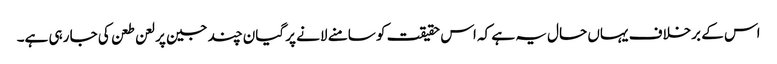
اس کے برخلاف یہاں حال یہ ہے کہ اس حقیقت کو سامنے لانے پر گیان چند جین پر لعن طعن کی جا رہی ہے۔